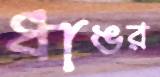
ধাঙর